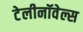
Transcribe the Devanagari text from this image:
टेलीनॉवेल्स